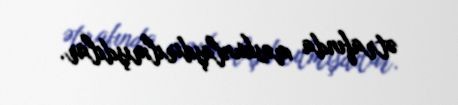
ətrafında məskunlaşdırılmışdılar.